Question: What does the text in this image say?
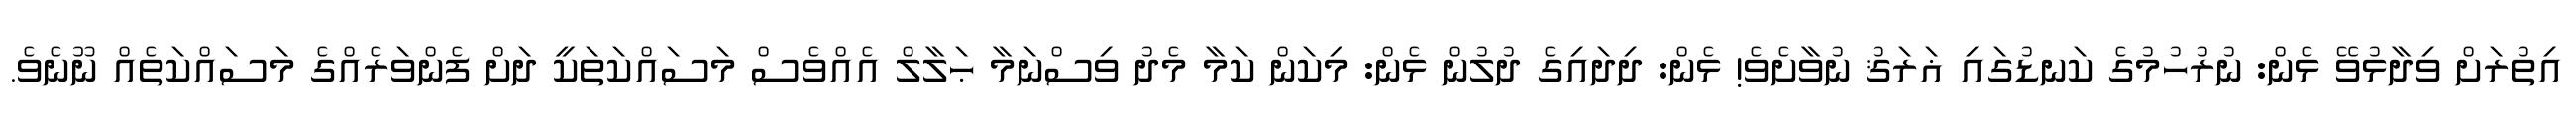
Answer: އިތުރަށް ވިދާޅުވޭ ޅެން: ނުރުހުމުގެ ކަނޑުގައި ޣަރަޤު ނުވާށެވެ! ޅެން: ދިދައިގެ ދުލުން ޅެން: މިކަން ކަމާ މެދު ވިސްނަމާ ޙަލާލް އެއްވެސް މަސައްކަތަކީ ދަށް ފެންވަރެއްގެ މަސައްކަތެއް ނޫނެވެ.